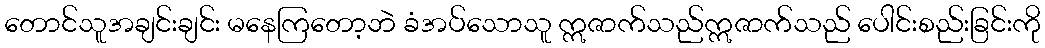
တောင်သူအချင်းချင်း မနေကြတော့ဘဲ ခံအပ်သောသူ ဣဇာက်သည်ဣဇာက်သည် ပေါင်းစည်းခြင်းကို